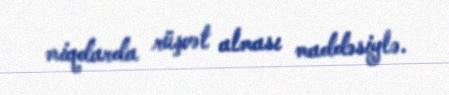
miqdarda rüşvət alması maddəsiylə.